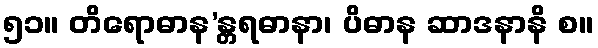
၅၁။ တိရောဓာန’န္တရဓာနာ၊ ပိဓာန ဆာဒနာနိ စ။